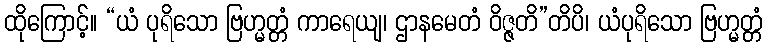
ထိုကြောင့်။ “ယံ ပုရိသော ဗြဟ္မတ္တံ ကာရေယျ၊ ဌာနမေတံ ဝိဇ္ဇတိ”တိပိ၊ ယံပုရိသော ဗြဟ္မတ္တံ